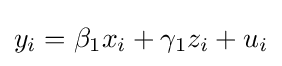
y_{i}=\beta _{1}x_{i}+\gamma _{1}z_{i}+u_{i}